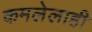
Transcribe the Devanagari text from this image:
कमलेलाही